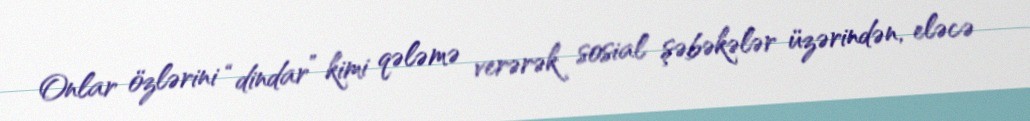
Onlar özlərini “dindar” kimi qələmə verərək sosial şəbəkələr üzərindən, eləcə